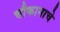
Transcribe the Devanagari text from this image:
चौकानाचे